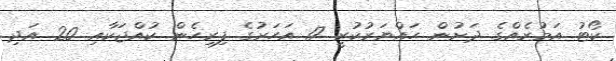
ކޯޓު އަމުރެއްގެ ދަށުން ހައްޔަރުކުރީ 17 އަހަރުގެ ފިރިހެން ކުއްޖަކާއި 20 އަދި